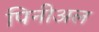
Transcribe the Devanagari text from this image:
पिनीअल